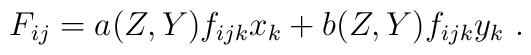
F_{ij}= a(Z,Y) f_{ijk}x_k+ b(Z,Y) f_{ijk}y_k  \ .